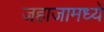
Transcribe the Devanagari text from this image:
जहाजामध्ये